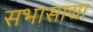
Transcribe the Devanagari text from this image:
सभासाद्या